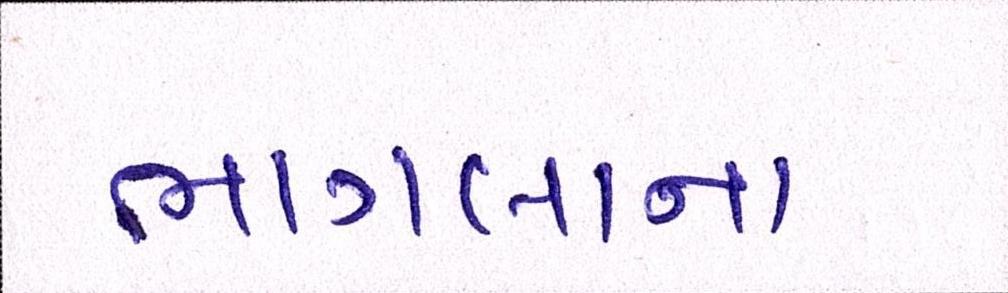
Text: ભાગલાના